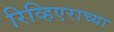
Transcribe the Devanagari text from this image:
रिव्हिएराच्या